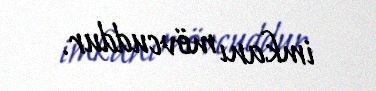
imkanı mövcuddur.